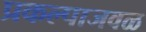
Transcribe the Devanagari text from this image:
प्रकल्पाजवळ